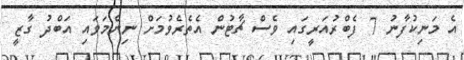
އެ މަނިކުފާނު 7 ފެބްރުއަރީގައި ވެސް ޗާޓުން އެތެރެވުމަށް ނިންމަވައި އަބްދު ގާޒީ